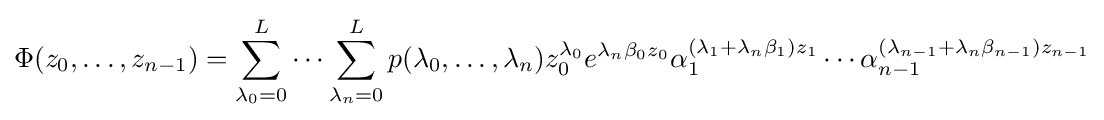
\Phi (z_{0},\ldots ,z_{n-1})=\sum _{\lambda _{0}=0}^{L}\cdots \sum _{\lambda _{n}=0}^{L}p(\lambda _{0},\ldots ,\lambda _{n})z_{0}^{\lambda _{0}}e^{\lambda _{n}\beta _{0}z_{0}}\alpha _{1}^{(\lambda _{1}+\lambda _{n}\beta _{1})z_{1}}\cdots \alpha _{n-1}^{(\lambda _{n-1}+\lambda _{n}\beta _{n-1})z_{n-1}}